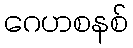
ဂေဟစနစ်